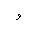
Letter: _waw